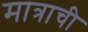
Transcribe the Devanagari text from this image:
मात्राची